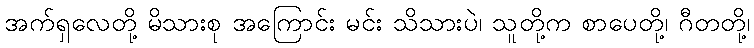
အက်ရှလေတို့ မိသားစု အကြောင်း မင်း သိသားပဲ၊ သူတို့က စာပေတို့၊ ဂီတတို့၊